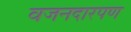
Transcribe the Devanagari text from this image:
वजनदारपण